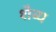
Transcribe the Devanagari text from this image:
शैव्य